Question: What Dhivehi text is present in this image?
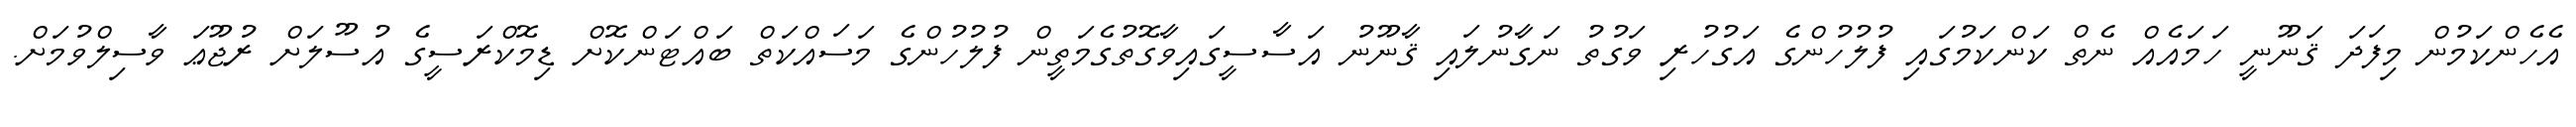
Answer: އެހެންކަމުން މިފަދަ ޤަނޫނީ ހަމައެއް ނެތް ކަންކަމުގައި ފުލުހުންގެ އަގުހުރި ވަގުތު ނަގާނުލައި ޤާނޫނު އަސާސީގައިވާގޮތުގެމަތީން ފުލުހުންގެ މަސައްކަތް ބައްޓަންކޮށް ޑިމޮކްރަސީގެ އުސޫލަށް ރުޖޫޢަ ވާސިލްވުމަށް.